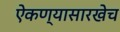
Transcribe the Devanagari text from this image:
ऐकण्यासारखेच